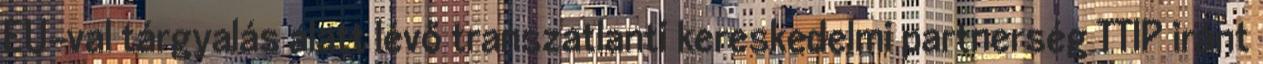
EU-val tárgyalás alatt lévő transzatlanti kereskedelmi partnerség TTIP iránt